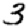
Digit: 3